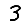
Digit: 3